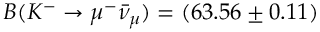
B ( K ^ { - } \to \mu ^ { - } \bar { \nu } _ { \mu } ) = ( 6 3 . 5 6 \pm 0 . 1 1 ) \